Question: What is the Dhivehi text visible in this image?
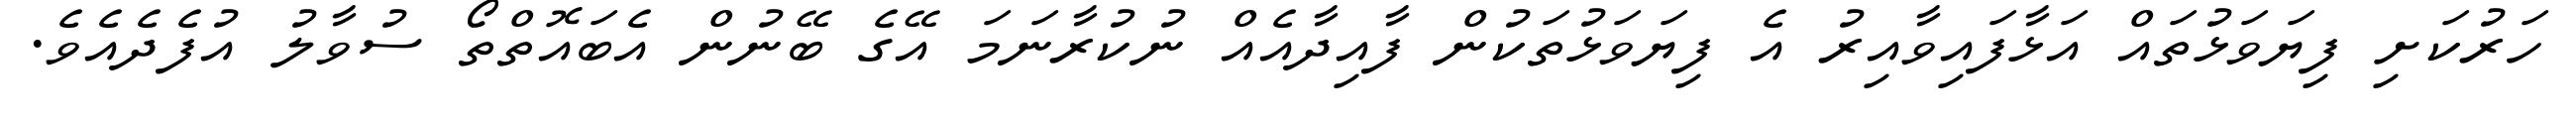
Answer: ހަރުކަށި ފިޔަވަޅުތައް އަޅާފައިވާއިރު އެ ފިޔަވަޅުތަކުން ފާއިދާއެއް ނުކުރާނަމަ އޭގެ ބޭނުން އެބައޮތްތޯ ސުވާލު އުފެދެއެވެ.